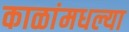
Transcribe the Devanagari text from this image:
काळांमधल्या